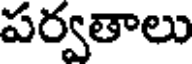
పర్వతాలు